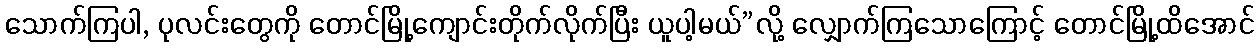
သောက်ကြပါ, ပုလင်းတွေကို တောင်မြို့ကျောင်းတိုက်လိုက်ပြီး ယူပါ့မယ်”လို့ လျှောက်ကြသောကြောင့် တောင်မြို့ထိအောင်